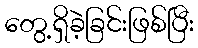
တွေ့ရှိခဲ့ခြင်းဖြစ်ပြီး